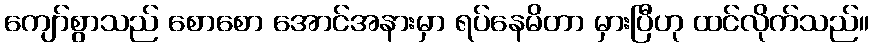
ကျော်စွာသည် စောစော အောင်အနားမှာ ရပ်နေမိတာ မှားပြီဟု ထင်လိုက်သည်။